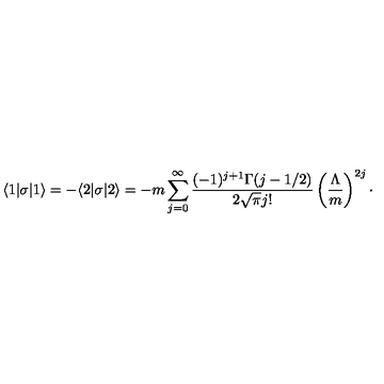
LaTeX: \langle 1 | \sigma | 1 \rangle = - \langle 2 | \sigma | 2 \rangle = - m \sum _ { j = 0 } ^ { \infty } { \frac { ( - 1 ) ^ { j + 1 } \Gamma ( j - 1 / 2 ) } { 2 \sqrt { \pi } j ! } } \left( { \frac { \Lambda } { m } } \right) ^ { 2 j } \cdotp